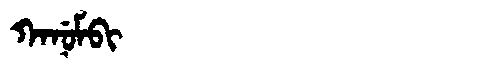
Manchu: ᡴᠠᠨᡠᠮᠪᡳ
Romanization: KANUMBI